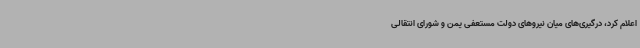
اعلام کرد، درگیری‌های میان نیروهای دولت مستعفی یمن و شورای انتقالی